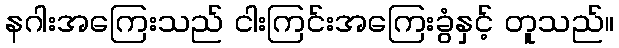
နဂါးအကြေးသည် ငါးကြင်းအကြေးခွံနှင့် တူသည်။